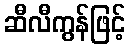
ဆီလီကွန်ဖြင့်